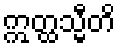
ဣတ္ထသ္မီတိ